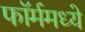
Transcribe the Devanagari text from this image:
फॉर्ममध्‍ये